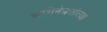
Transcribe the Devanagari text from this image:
अभिनेत्र्यांच्या